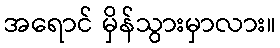
အရောင် မှိန်သွားမှာလား။